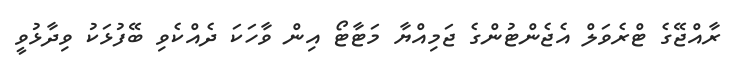
ރާއްޖޭގެ ޓްރެވަލް އެޖެންޓުންގެ ޖަމިއްޔާ މަޓާޓޯ އިން ވާހަކަ ދެއްކެވި ބޭފުޅަކު ވިދާޅުވީ